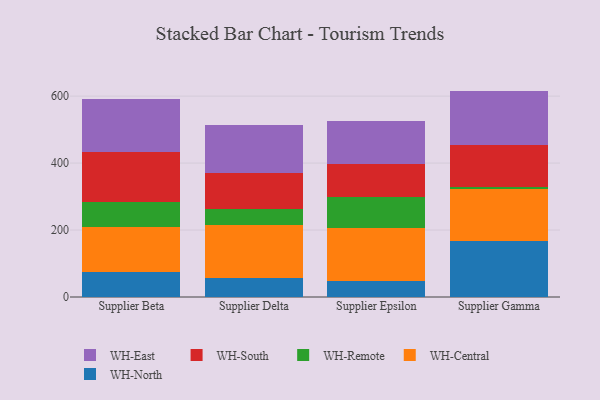
{"axis": {"x": "Supplier", "y": "Budget (USD K)"}, "legend": ["WH-Central", "WH-East", "WH-North", "WH-Remote", "WH-South"], "data": [{"x": "Supplier Beta", "y": 76.1, "type": "WH-North"}, {"x": "Supplier Beta", "y": 133.4, "type": "WH-Central"}, {"x": "Supplier Beta", "y": 74.1, "type": "WH-Remote"}, {"x": "Supplier Beta", "y": 148.8, "type": "WH-South"}, {"x": "Supplier Beta", "y": 158.0, "type": "WH-East"}, {"x": "Supplier Delta", "y": 58.1, "type": "WH-North"}, {"x": "Supplier Delta", "y": 156.4, "type": "WH-Central"}, {"x": "Supplier Delta", "y": 48.2, "type": "WH-Remote"}, {"x": "Supplier Delta", "y": 106.5, "type": "WH-South"}, {"x": "Supplier Delta", "y": 145.3, "type": "WH-East"}, {"x": "Supplier Epsilon", "y": 48.6, "type": "WH-North"}, {"x": "Supplier Epsilon", "y": 157.8, "type": "WH-Central"}, {"x": "Supplier Epsilon", "y": 91.4, "type": "WH-Remote"}, {"x": "Supplier Epsilon", "y": 100.2, "type": "WH-South"}, {"x": "Supplier Epsilon", "y": 126.5, "type": "WH-East"}, {"x": "Supplier Gamma", "y": 166.9, "type": "WH-North"}, {"x": "Supplier Gamma", "y": 155.4, "type": "WH-Central"}, {"x": "Supplier Gamma", "y": 5.1, "type": "WH-Remote"}, {"x": "Supplier Gamma", "y": 127.5, "type": "WH-South"}, {"x": "Supplier Gamma", "y": 160.9, "type": "WH-East"}]}